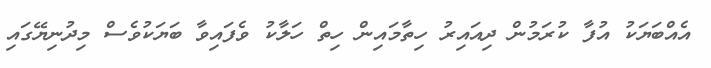
އެއްބަޔަކު އުފާ ކުރަމުން ދިއައިރު ހިތާމައިން ހިތް ހަލާކު ވެފައިވާ ބަޔަކުވެސް މިދުނިޔޭގައި